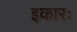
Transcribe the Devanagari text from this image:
इकारः